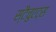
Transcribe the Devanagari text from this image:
स्टैचुएट्स